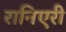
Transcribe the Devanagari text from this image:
रानिएरी